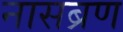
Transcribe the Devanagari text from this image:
नासब्रण